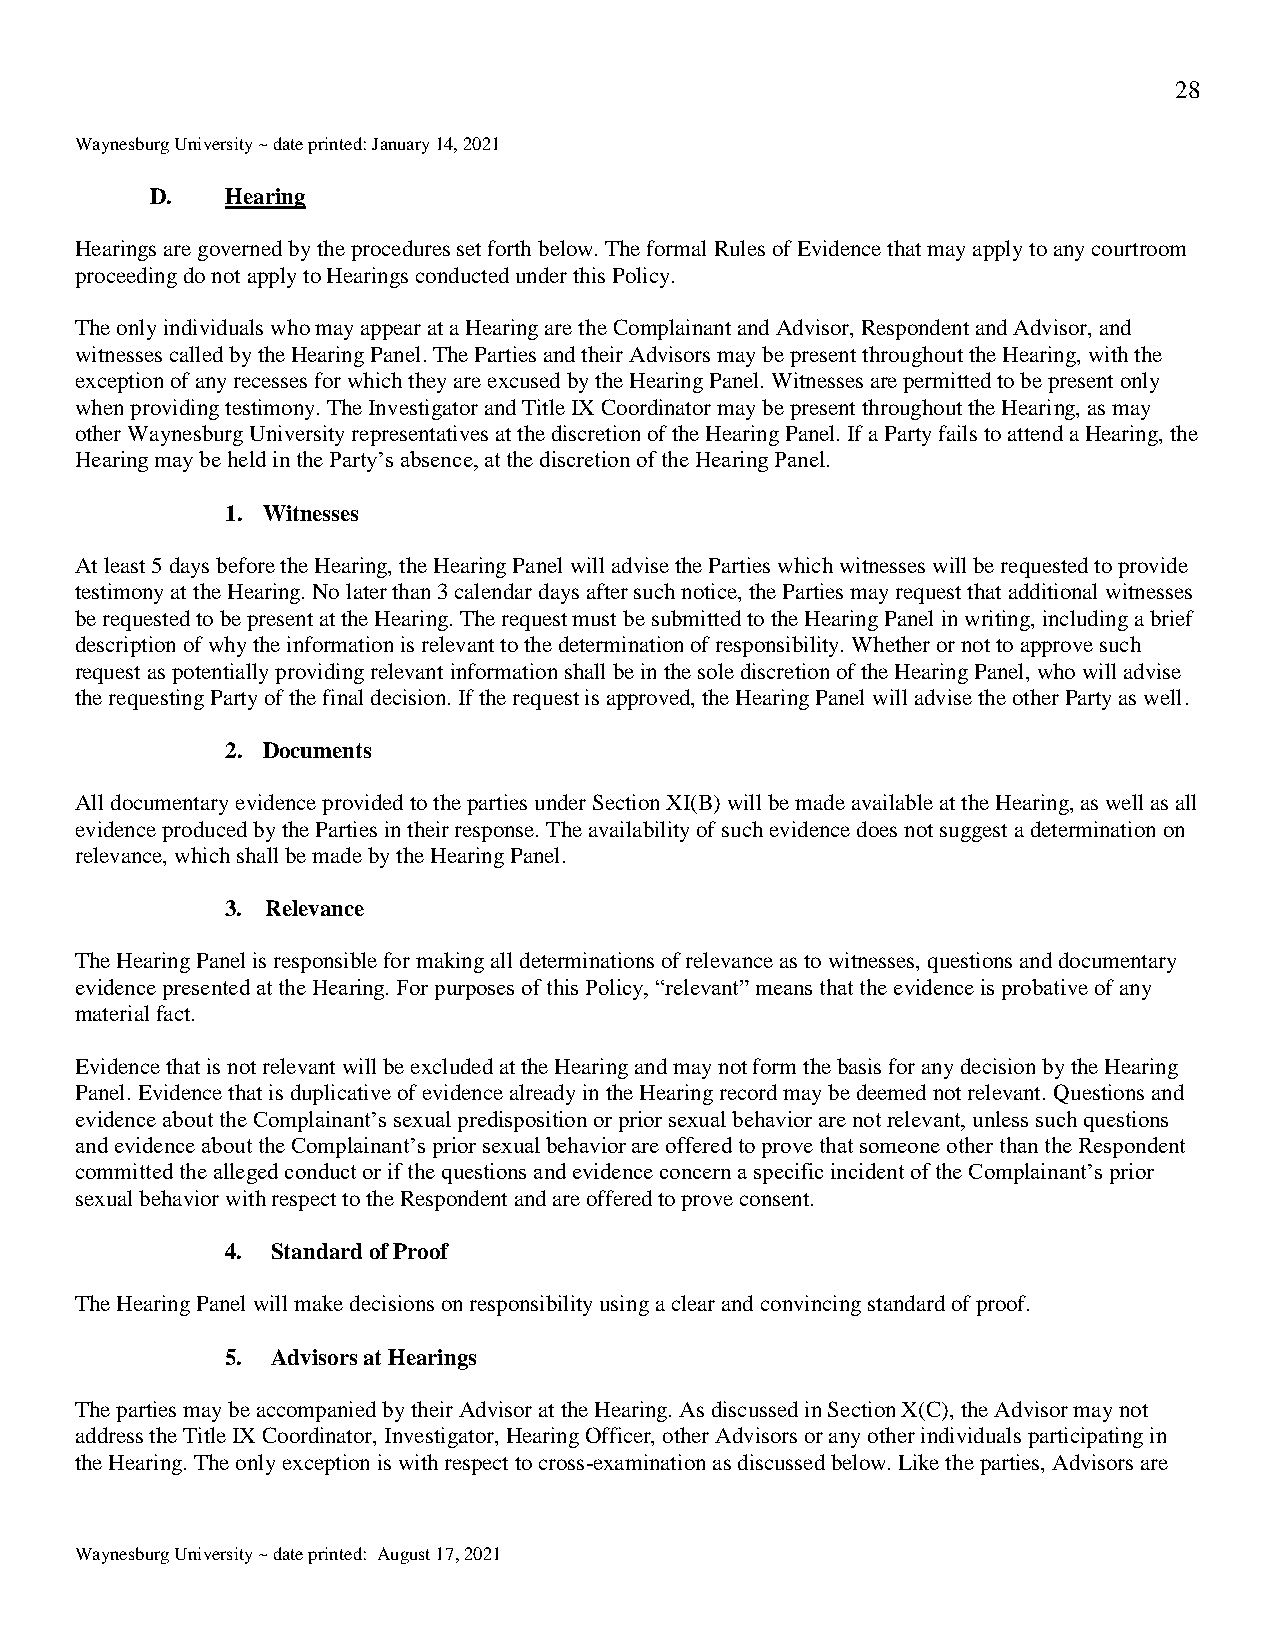
28
 Waynesburg University ~ date printed: January 14, 2021
 D.   Hearing
 Hearings are governed by the procedures set forth below. The formal Rules of Evidence that may apply to any courtroom
 proceeding do not apply to Hearings conducted under this Policy.
 The only individuals who may appear at a Hearing are the Complainant and Advisor, Respondent and Advisor, and
 witnesses called by the Hearing Panel. The Parties and their Advisors may be present throughout the Hearing, with the
 exception of any recesses for which they are excused by the Hearing Panel. Witnesses are permitted to be present only
 when providing testimony. The Investigator and Title IX Coordinator may be present throughout the Hearing, as may
 other Waynesburg University representatives at the discretion of the Hearing Panel. If a Party fails to attend a Hearing, the
 Hearing may be held in the Party’s absence, at the discretion of the Hearing Panel.
 1. Witnesses
 At least 5 days before the Hearing, the Hearing Panel will advise the Parties which witnesses will be requested to provide
 testimony at the Hearing. No later than 3 calendar days after such notice, the Parties may request that additional witnesses
 be requested to be present at the Hearing. The request must be submitted to the Hearing Panel in writing, including a brief
 description of why the information is relevant to the determination of responsibility. Whether or not to approve such
 request as potentially providing relevant information shall be in the sole discretion of the Hearing Panel, who will advise
 the requesting Party of the final decision. If the request is approved, the Hearing Panel will advise the other Party as well.
 2. Documents
 All documentary evidence provided to the parties under Section XI(B) will be made available at the Hearing, as well as all
 evidence produced by the Parties in their response. The availability of such evidence does not suggest a determination on
 relevance, which shall be made by the Hearing Panel.
 3. Relevance
 The Hearing Panel is responsible for making all determinations of relevance as to witnesses, questions and documentary
 evidence presented at the Hearing. For purposes of this Policy, “relevant” means that the evidence is probative of any
 material fact.
 Evidence that is not relevant will be excluded at the Hearing and may not form the basis for any decision by the Hearing
 Panel. Evidence that is duplicative of evidence already in the Hearing record may be deemed not relevant. Questions and
 evidence about the Complainant’s sexual predisposition or prior sexual behavior are not relevant, unless such questions
 and evidence about the Complainant’s prior sexual behavior are offered to prove that someone other than the Respondent
 committed the alleged conduct or if the questions and evidence concern a specific incident of the Complainant’s prior
 sexual behavior with respect to the Respondent and are offered to prove consent.
 4. Standard of Proof
 The Hearing Panel will make decisions on responsibility using a clear and convincing standard of proof.
 5. Advisors at Hearings
 The parties may be accompanied by their Advisor at the Hearing. As discussed in Section X(C), the Advisor may not
 address the Title IX Coordinator, Investigator, Hearing Officer, other Advisors or any other individuals participating in
 the Hearing. The only exception is with respect to cross-examination as discussed below. Like the parties, Advisors are
 Waynesburg University ~ date printed: August 17, 2021